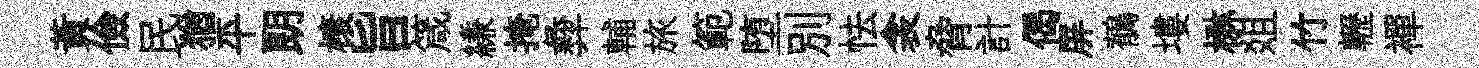
黄儉民猶平朗榱旨箴縑掩彜輔旅範堕別怯衾脅計偈屏鶺塿楙爼竹轣襌